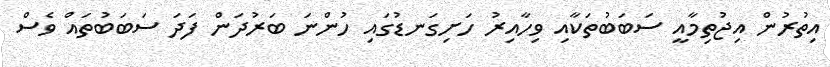
އިތުރުން އިޖުތިމާއީ ސަބަބުތަކާއި ވިހާއިރު ހަށިގަނޑުގައި ހުންނަ ބަރުދަން ފަދަ ސަބަބުތައް ވެސް